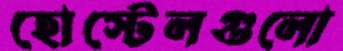
হোস্টেলগুলো